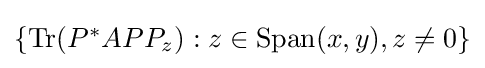
{\textstyle \{\operatorname {Tr} (P^{*}APP_{z}):z\in \operatorname {Span} (x,y),z\neq 0\}}